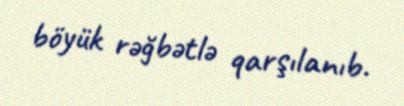
böyük rəğbətlə qarşılanıb.